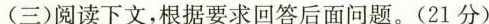
(三)阅读下文，根据要求回答后面问题。(21分)